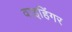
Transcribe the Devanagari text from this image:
वाइहिंगर